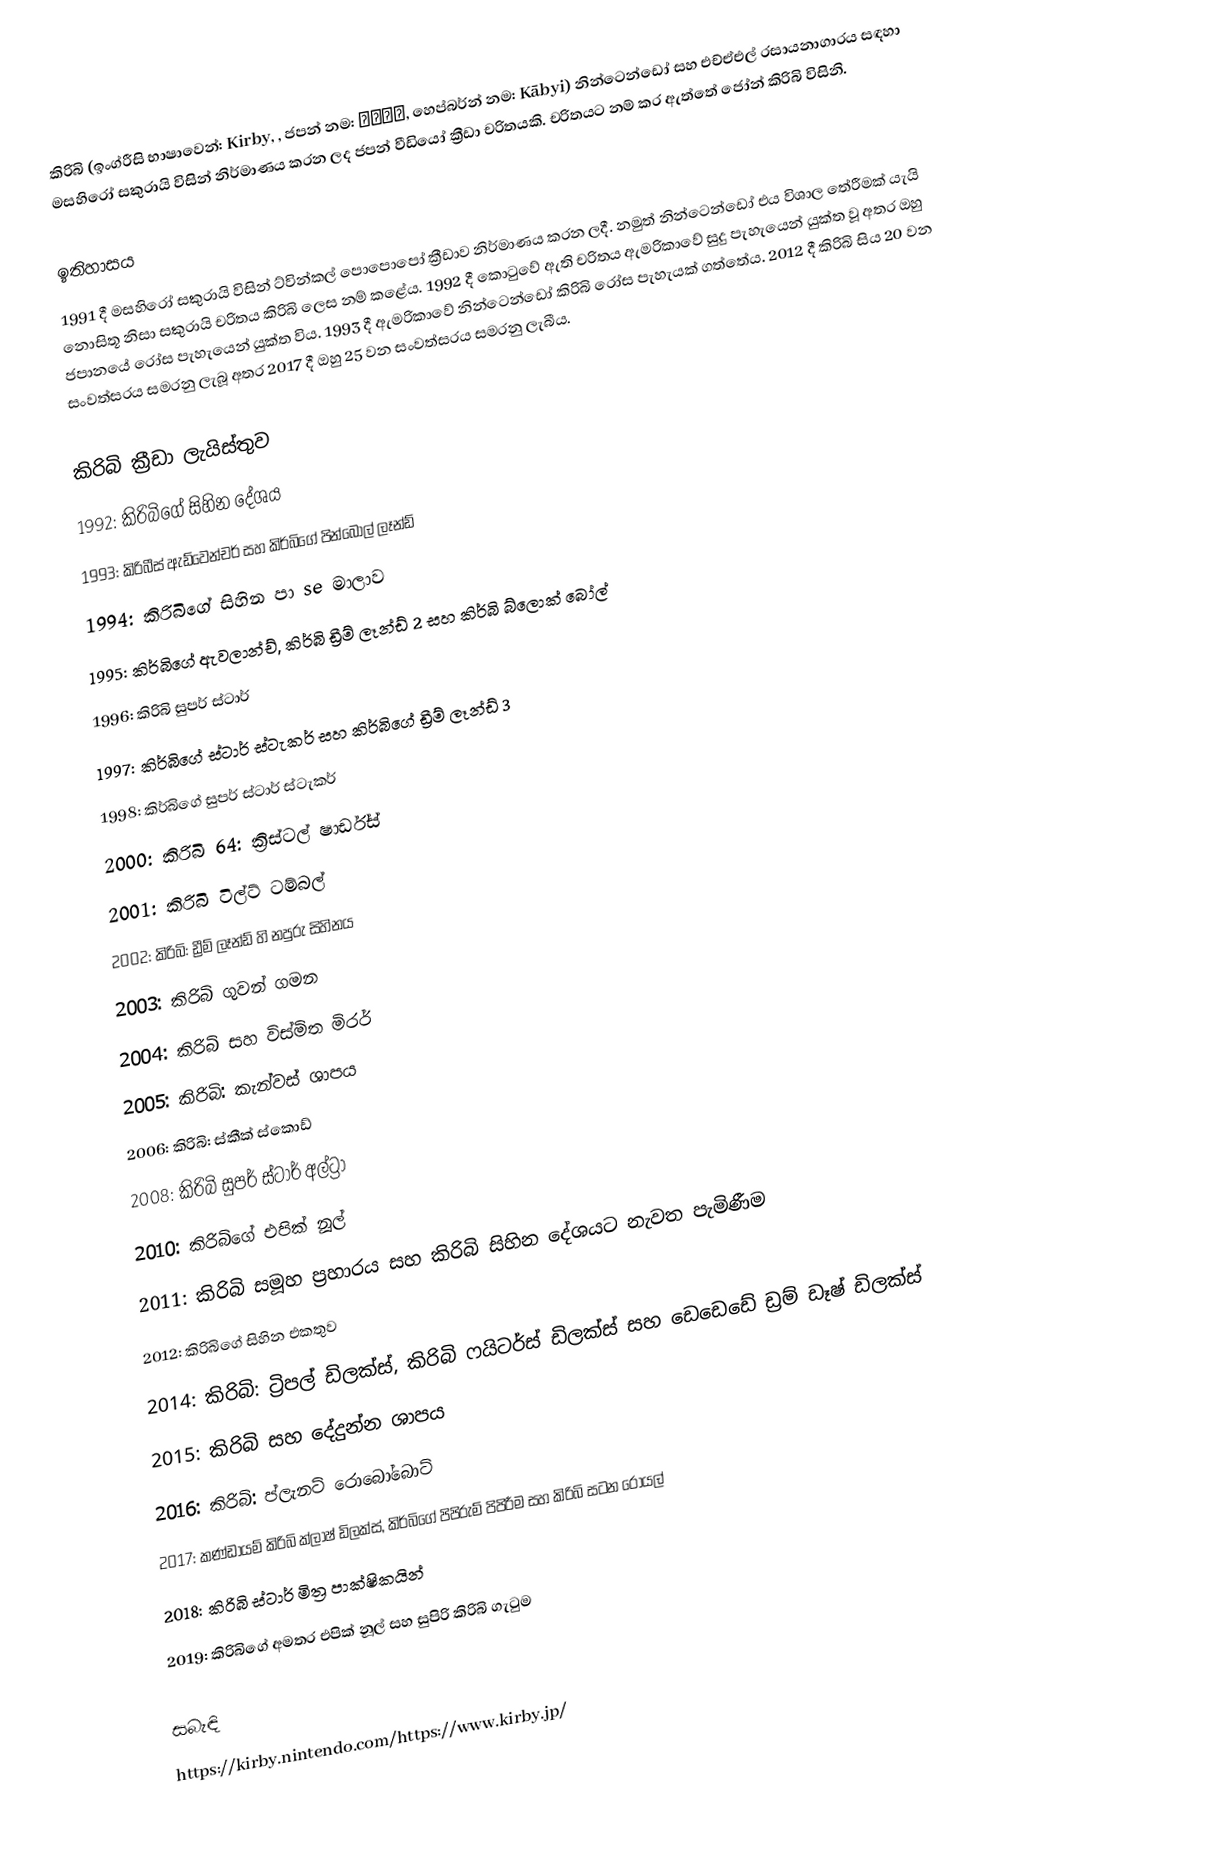
කිරිබි (ඉංග්රීසි භාෂාවෙන්: Kirby, , ජපන් නම: カービィ, හෙප්බර්න් නම: Kābyi) නින්ටෙන්ඩෝ සහ එච්ඒඑල් රසායනාගාරය සඳහා මසහිරෝ සකුරායි විසින් නිර්මාණය කරන ලද ජපන් වීඩියෝ ක්‍රීඩා චරිතයකි. චරිතයට නම් කර ඇත්තේ ජෝන් කිරිබි විසිනි.

ඉතිහාසය
1991 දී මසහිරෝ සකුරායි විසින් ට්වින්කල් පොපොපෝ ක්‍රීඩාව නිර්මාණය කරන ලදී. නමුත් නින්ටෙන්ඩෝ එය විශාල තේරීමක් යැයි නොසිතූ නිසා සකුරායි චරිතය කිරිබි ලෙස නම් කළේය. 1992 දී කොටුවේ ඇති චරිතය ඇමරිකාවේ සුදු පැහැයෙන් යුක්ත වූ අතර ඔහු ජපානයේ රෝස පැහැයෙන් යුක්ත විය. 1993 දී ඇමරිකාවේ නින්ටෙන්ඩෝ කිරිබි රෝස පැහැයක් ගත්තේය. 2012 දී කිරිබි සිය 20 වන සංවත්සරය සමරනු ලැබූ අතර 2017 දී ඔහු 25 වන සංවත්සරය සමරනු ලැබීය.

කිරිබි ක්‍රීඩා ලැයිස්තුව
 1992: කිරිබිගේ සිහින දේශය
 1993: කිරිබීස් ඇඩ්වෙන්චර් සහ කිර්බිගේ පින්බෝල් ලෑන්ඩ්
 1994: කිරිබිගේ සිහින පා se මාලාව
 1995: කිර්බිගේ ඇවලාන්ච්, කිර්බි ඩ්‍රීම් ලෑන්ඩ් 2 සහ කිර්බි බ්ලොක් බෝල්
 1996: කිරිබි සුපර් ස්ටාර්
 1997: කිර්බිගේ ස්ටාර් ස්ටැකර් සහ කිර්බිගේ ඩ්‍රීම් ලෑන්ඩ් 3
 1998: කිර්බිගේ සුපර් ස්ටාර් ස්ටැකර්
 2000: කිරිබි 64: ක්‍රිස්ටල් ෂාර්ඩ්ස්
 2001: කිරිබි ටිල්ට් ටම්බල්
 2002: කිරිබි: ඩ්‍රීම් ලෑන්ඩ් හි නපුරු සිහිනය
 2003: කිරිබි ගුවන් ගමන
 2004: කිරිබි සහ විස්මිත මිරර්
 2005: කිරිබි: කැන්වස් ශාපය
 2006: කිරිබි: ස්කීක් ස්කොඩ්
 2008: කිරිබි සුපර් ස්ටාර් අල්ට්‍රා
 2010: කිරිබිගේ එපික් නූල්
 2011: කිරිබි සමූහ ප්‍රහාරය සහ කිරිබි සිහින දේශයට නැවත පැමිණීම
 2012: කිරිබිගේ සිහින එකතුව
 2014: කිරිබි: ට්‍රිපල් ඩිලක්ස්, කිරිබි ෆයිටර්ස් ඩිලක්ස් සහ ඩෙඩෙඩේ ඩ්‍රම් ඩෑෂ් ඩිලක්ස්
 2015: කිරිබි සහ දේදුන්න ශාපය
 2016: කිරිබි: ප්ලැනට් රොබෝබොට්
 2017: කණ්ඩායම් කිරිබි ක්ලාෂ් ඩිලක්ස්, කිර්බිගේ පිපිරුම් පිපිරීම සහ කිරිබි සටන රෝයල්
 2018: කිරිබි ස්ටාර් මිත්‍ර පාක්ෂිකයින්
 2019: කිරිබිගේ අමතර එපික් නූල් සහ සුපිරි කිරිබි ගැටුම

සබැඳි
https://kirby.nintendo.com/https://www.kirby.jp/